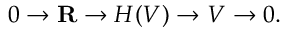
0 \to \mathbf { R } \to H ( V ) \to V \to 0 .